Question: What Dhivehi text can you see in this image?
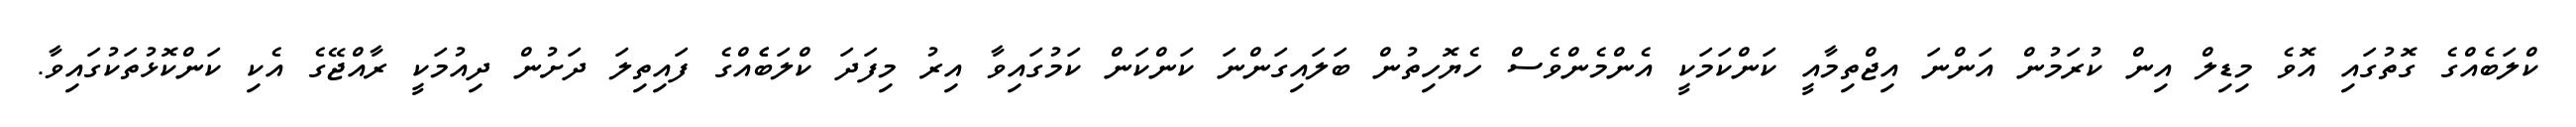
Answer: ކްލަބެއްގެ ގޮތުގައި އޮވެ މިޑިލް އިން ކުރަމުން އަންނަ އިޖްތިމާއީ ކަންކަމަކީ އެންމެންވެސް ހެޔޮހިތުން ބަލައިގަންނަ ކަންކަން ކަމުގައިވާ އިރު މިފަދަ ކްލަބެެއްގެ ފައިތިލަ ދަށުން ދިއުމަކީ ރާއްޖޭގެ އެކި ކަންކޮޅުތަކުގައިވާ.